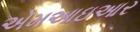
એમઆઇઆર